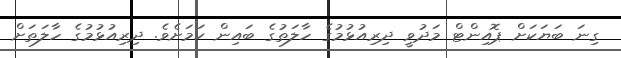
ގިނަ ބަޔަކަށް ޕޮއިންޓް މަދުވީ ދިރިއުޅުމުގެ ހާލަތުގެ ބައިން ކަމަށެވެ. ދިރިއުޅުމުގެ ހާލަތަށް